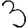
Digit: 3